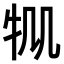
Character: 𤘷